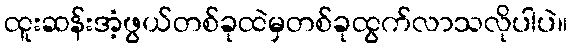
ထူးဆန်းအံ့ဖွယ်တစ်ခုထဲမှတစ်ခုထွက်လာသလိုပါပဲ။